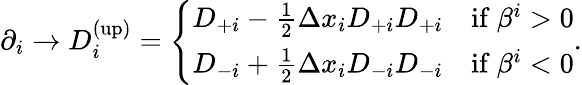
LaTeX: \begin{array}{r}{\partial_{i}\rightarrow D_{i}^{\mathrm{(up)}}=\left\{ \begin{array}{ll}{D_{+i}-\frac{1}{2}\Delta x_{i}D_{+i}D_{+i}}&{\mathrm{if~}\beta^{i}>0}\\ {D_{-i}+\frac{1}{2}\Delta x_{i}D_{-i}D_{-i}}&{\mathrm{if~}\beta^{i}<0}\end{array}\right..}\end{array}